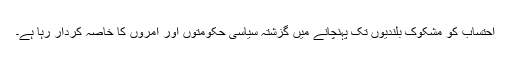
احتساب کو مشکوک بلندیوں تک پہنچانے میں گزشتہ سیاسی حکومتوں اور آمروں کا خاصہ کردار رہا ہے۔